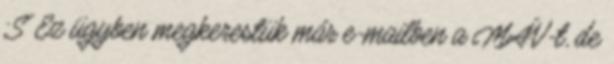
:S Ez ügyben megkerestük már e-mailben a MÁV-t, de